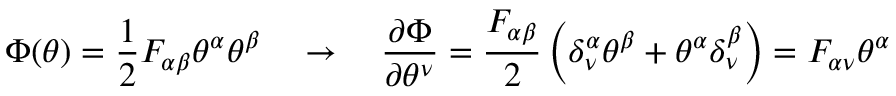
\Phi ( \theta ) = \frac { 1 } { 2 } F _ { \alpha \beta } \theta ^ { \alpha } \theta ^ { \beta } \quad \rightarrow \quad \frac { \partial \Phi } { \partial \theta ^ { \nu } } = \frac { F _ { \alpha \beta } } { 2 } \left( \delta _ { \nu } ^ { \alpha } \theta ^ { \beta } + \theta ^ { \alpha } \delta _ { \nu } ^ { \beta } \right) = F _ { \alpha \nu } \theta ^ { \alpha }